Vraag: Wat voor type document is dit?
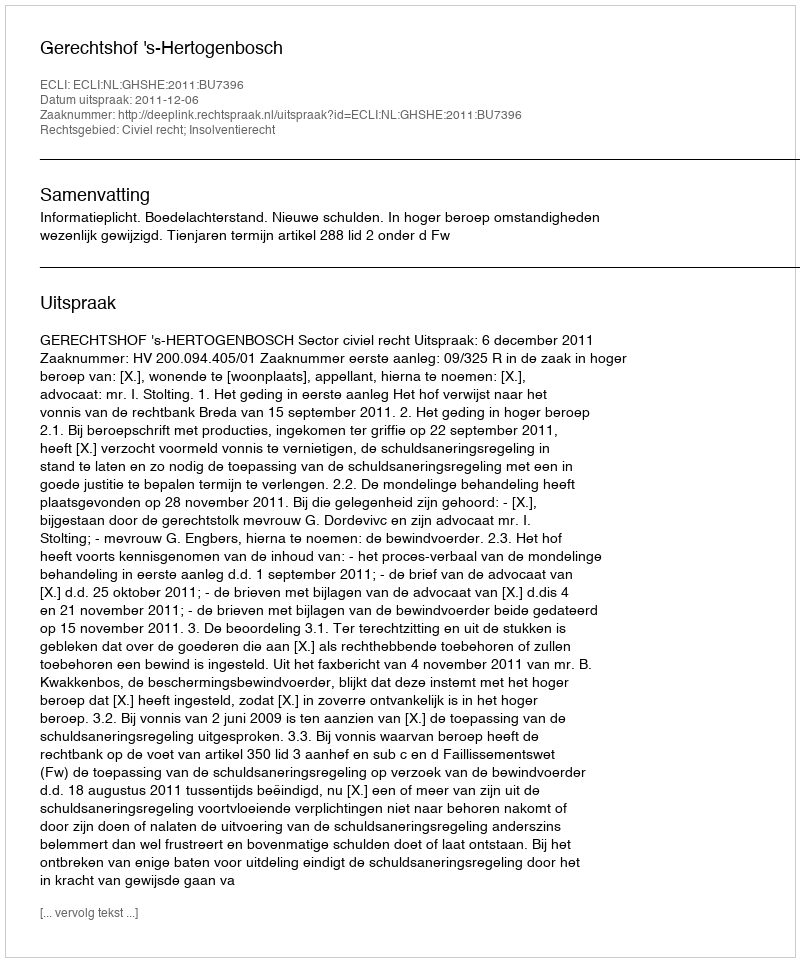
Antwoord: Uitspraak